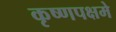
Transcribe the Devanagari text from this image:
कृष्णपक्षमे